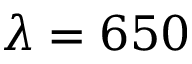
\lambda = 6 5 0